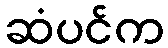
ဆံပင်က